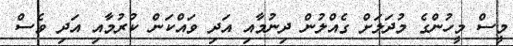
މީސް މީހުންގެ މުދަލަށް ގެެއްލުން ދިނުމާއި އަދި ވައްކަން ކުރުމާއި އަދި ވެސް